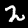
Digit: 2